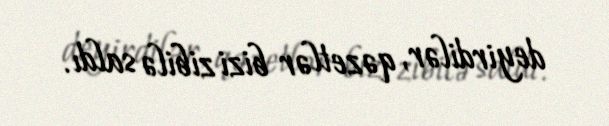
deyirdilər, qəzetlər bizi zibilə saldı.